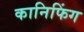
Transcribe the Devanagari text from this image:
कानिफिंग